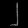
Digit: ၂